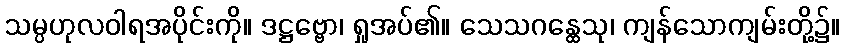
သမ္ပဟုလဝါရအပိုင်းကို။ ဒဋ္ဌဗ္ဗော၊ ရှုအပ်၏။ သေသဂန္ထေသု၊ ကျန်သောကျမ်းတို့၌။